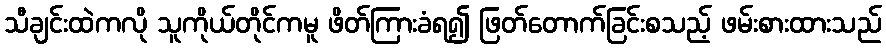
သီချင်းထဲကလို သူကိုယ်တိုင်ကမူ ဖိတ်ကြားခံရ၍ ဖြတ်တောက်ခြင်းစသည့် ဖမ်းစားထားသည်